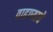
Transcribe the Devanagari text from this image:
वाहण्याचे